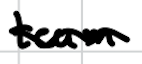
Text: team
Cross-out: wave
Writing tool: digital_black